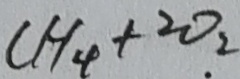
C H _ { 4 } + 2 O _ { 2 }